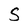
Character: S